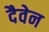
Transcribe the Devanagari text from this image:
दैवेन